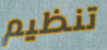
تنظيم